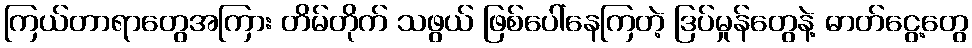
ကြယ်တာရာတွေအကြား တိမ်တိုက် သဖွယ် ဖြစ်ပေါ်နေကြတဲ့ ဒြပ်မှုန်တွေနဲ့ ဓာတ်ငွေ့တွေ